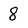
Character: 8